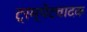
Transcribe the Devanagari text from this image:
ट्रम्पेटवादक